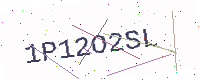
Text: 1P12O2SL